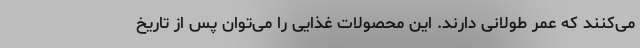
می‌کنند که عمر طولانی دارند. این محصولات غذایی را می‌توان پس از تاریخ